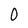
Character: 0